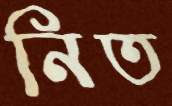
নিত